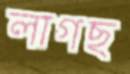
লাগছ